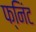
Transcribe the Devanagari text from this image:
फ्निंट